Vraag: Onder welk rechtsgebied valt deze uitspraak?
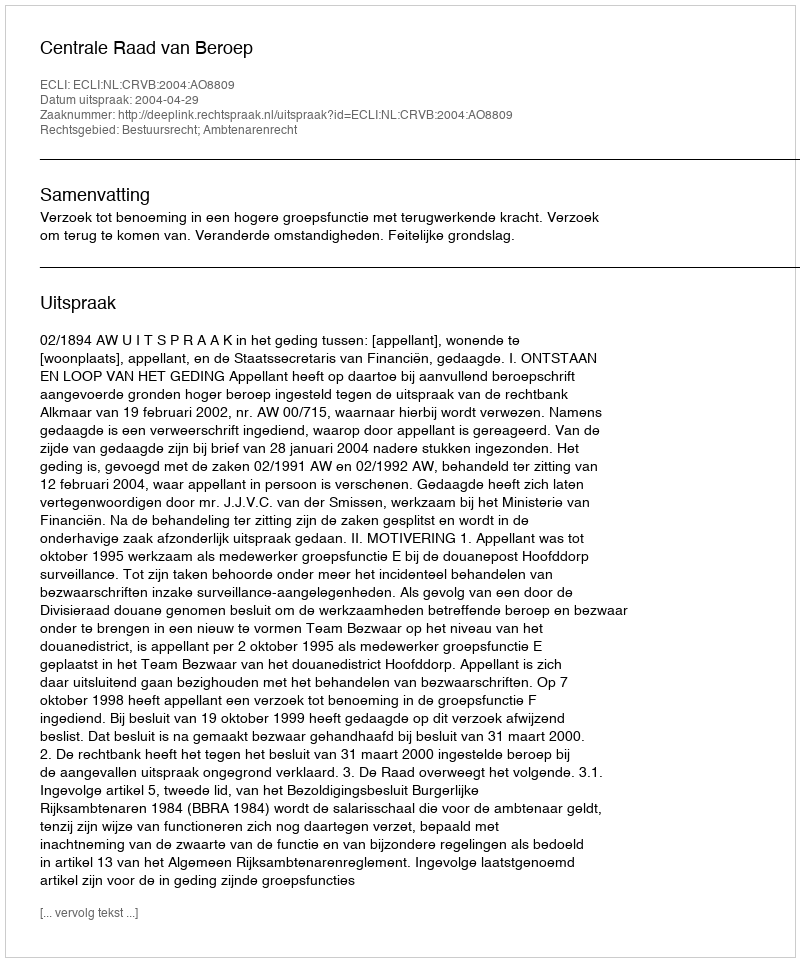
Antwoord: Bestuursrecht; Ambtenarenrecht